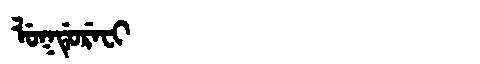
Manchu: ᠯᡠᡴᡩᡠᡵᡝᠸᡳ
Romanization: LUKDUREFI